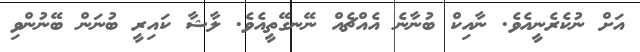
އަށް ނުކެރެނީއެވެ. ނާއިކް ބުނާނެ އެއްޗެއް ނޭނގޭތީއެވެ. ލާޝާ ކައިރީ ބުނަން ބޭނުންވި